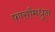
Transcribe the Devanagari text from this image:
फार्सांमधून